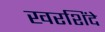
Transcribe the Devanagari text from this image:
खरशिंदे